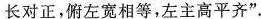
长对正，俯左宽相等，左主高平齐”。